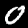
Digit: 0